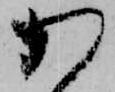
か